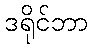
ဒရိုင်ဘာ